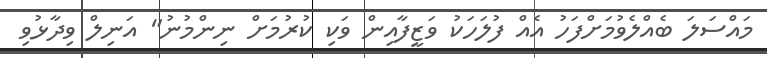
މައްސަލަ ބެއްލެވުމަށްފަހު އެއް ފުލަހަކު ވަޒީފާއިން ވަކި ކުރުމަށް ނިންމުނު" އަނިލް ވިދާޅުވި